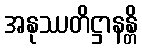
အနုဿတိဋ္ဌာနန္တိ